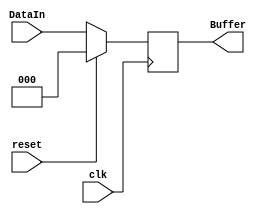
/*NF|CF|ZF*/
module FlagRegister(
    DataIn, Buffer, clk, reset
);
    input [2:0] DataIn;
    input clk,reset;
    output reg [2:0] Buffer;
    always @(posedge clk) begin
        Buffer<=(reset==1'b0)?DataIn:3'd0;
    end
endmodule